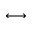
\longleftrightarrow